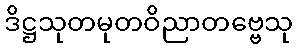
ဒိဋ္ဌသုတမုတဝိညာတဗ္ဗေသု